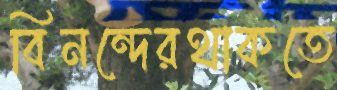
বিনন্দেরথাকতে